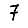
Digit: 7